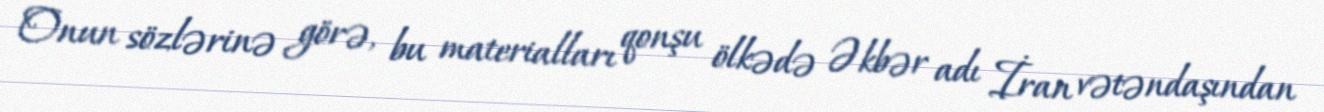
Onun sözlərinə görə, bu materialları qonşu ölkədə Əkbər adı İran vətəndaşından